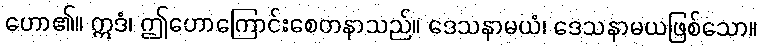
ဟော၏။ ဣဒံ၊ ဤဟောကြောင်းစေတနာသည်။ ဒေသနာမယံ၊ ဒေသနာမယဖြစ်သော။